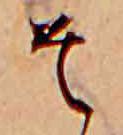
そ